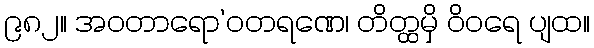
၉၈၂။ အဝတာရော’ဝတရဏေ၊ တိတ္ထမှိ ဝိဝရေ ပျထ။